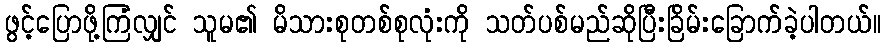
ဖွင့်ပြောဖို့ကြံလျှင် သူမ၏ မိသားစုတစ်စုလုံးကို သတ်ပစ်မည်ဆိုပြီးခြိမ်းခြောက်ခဲ့ပါတယ်။